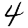
Digit: 4